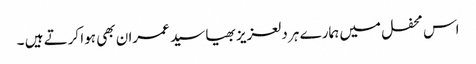
اس محفل میں ہمارے ہر دلعزیز بھیا سید عمران بھی ہوا کرتے ہیں ۔